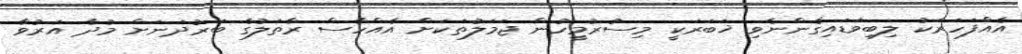
އެއްފަހަރަކު ލިބިވަޑައިގެންނެވި ޚަބަރަކީ މިސުރުމީހުން ޖަމަލުތަކަށް އެއްހާސް ރާތަލުގެ ބަރުދަނަށް މުދާ އަރުވާ